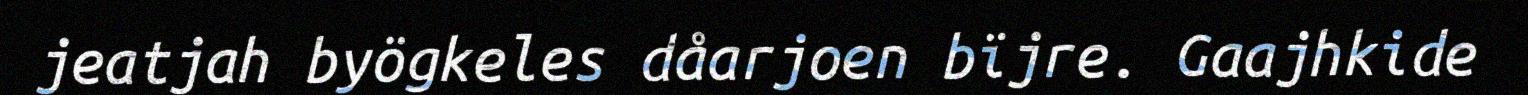
jeatjah byögkeles dåarjoen bïjre. Gaajhkide